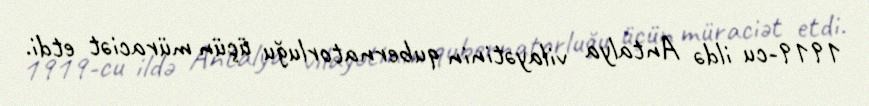
1919-cu ildə Antalya vilayətinin qubernatorluğu üçün müraciət etdi.